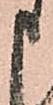
申